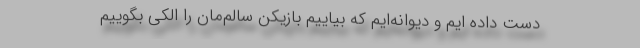
دست داده ایم و دیوانه‌ایم که بیاییم بازیکن سالم‌مان را الکی بگوییم